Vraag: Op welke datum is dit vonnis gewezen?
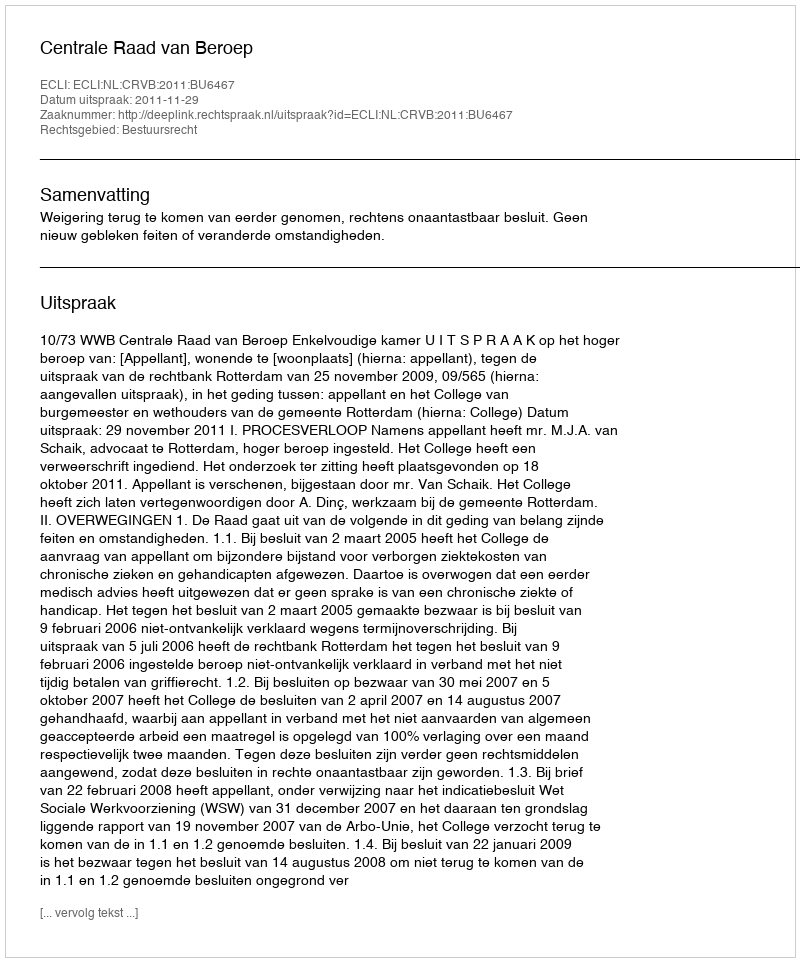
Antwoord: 2011-11-29